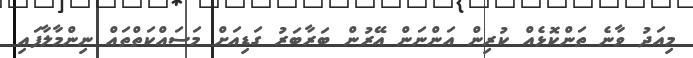
މިއަދު ވާނެ ތަންކޮޅެއް ކުރިން އަންނަން އޭރުން ބަރާބަރު ގަޑިއަށް މަސައްކަތްތައް ނިންމާލާފައި